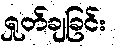
ရှုတ်ချခြင်း